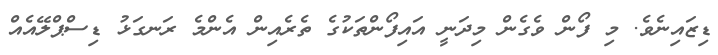
ޑިޒައިނެވެ. މި ފޯން ވެގެން މިދަނީ އައިފޯންތަކުގެ ތެރެއިން އެންމެ ރަނގަޅު ޑިސްޕްލޭއެއް